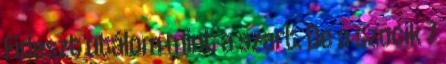
Fideszt utálom mint a szart. De a szocik 7